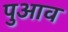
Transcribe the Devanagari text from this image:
पुआव